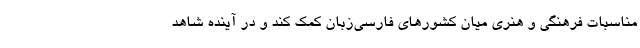
مناسبات فرهنگی و هنری میان کشورهای فارسی‌زبان کمک کند و در آینده شاهد